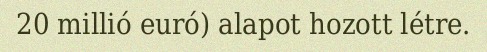
20 millió euró) alapot hozott létre.